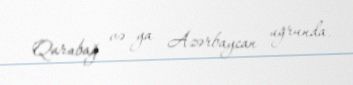
Qarabağ və ya Azərbaycan uğrunda.